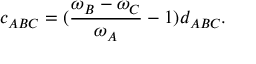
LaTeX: c _ { A B C } = ( \frac { \omega _ { B } - \omega _ { C } } { \omega _ { A } } - 1 ) d _ { A B C } .